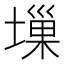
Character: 𡏮